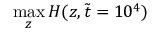
\operatorname* { m a x } _ { z } H ( z , \tilde { t } = 1 0 ^ { 4 } )